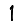
Digit: 1